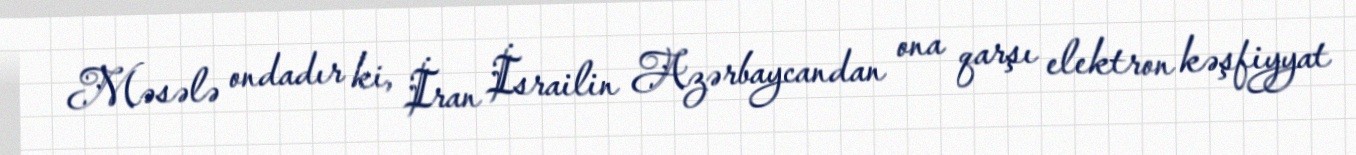
Məsələ ondadır ki, İran İsrailin Azərbaycandan ona qarşı elektron kəşfiyyat